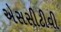
એસસીટીવી